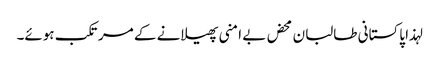
لہذا پاکستانی طالبان محض بے امنی پھیلانے کے مرتکب ہوئے۔